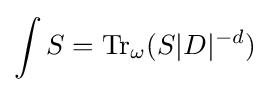
\int S={\rm {Tr}}_{\omega }(S|D|^{-d})